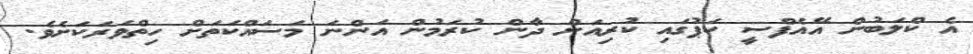
އެ ކްލަބުން އޭއެފްސީ ކަޕުގައި ކުރިއަށް ދާން ކުރަމުން އަންނަ މަސައްކަތަށް ހިތްވަރަކަށެވެ.